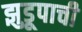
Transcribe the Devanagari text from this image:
झुडूपाची